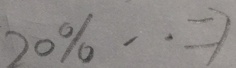
2 0 \% \cdot = 7